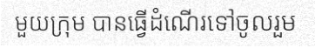
មួយក្រុម បានធ្វើដំណើរទៅចូលរួម